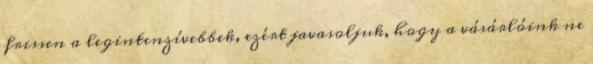
frissen a legintenzívebbek, ezért javasoljuk, hogy a vásárlóink ne